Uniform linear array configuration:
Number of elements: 64
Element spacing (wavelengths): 0.75
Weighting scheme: exponential
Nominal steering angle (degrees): -15
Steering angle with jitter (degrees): -16.308
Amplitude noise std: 0.05
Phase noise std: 0.05

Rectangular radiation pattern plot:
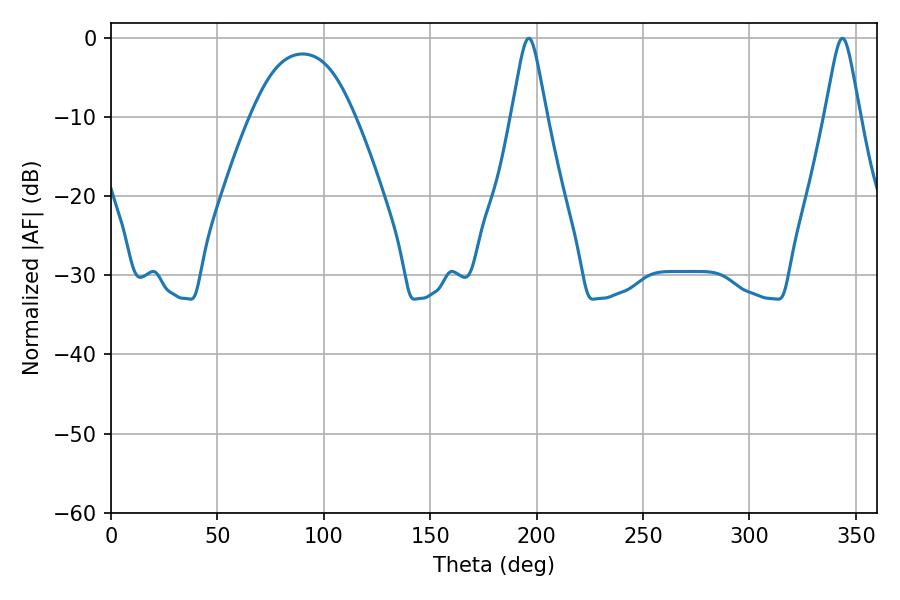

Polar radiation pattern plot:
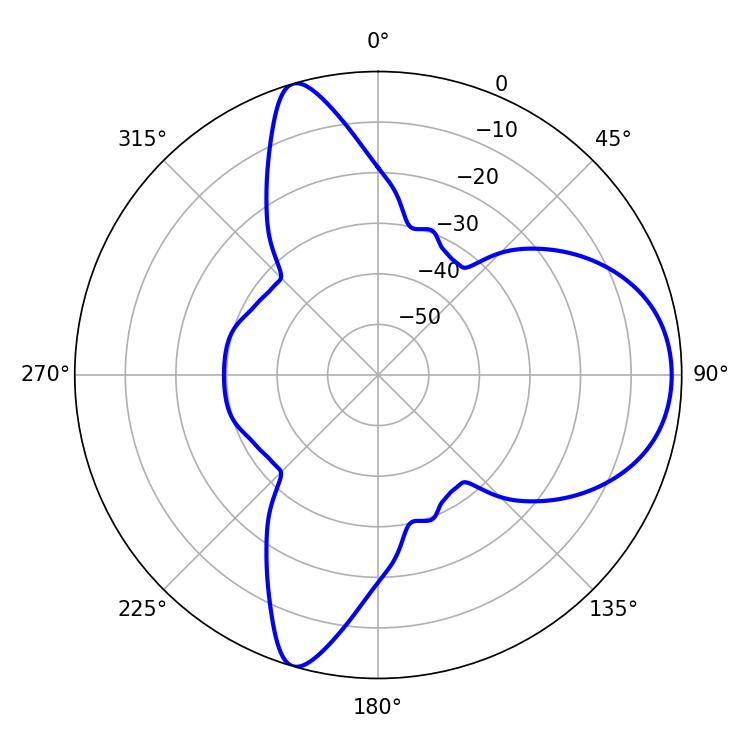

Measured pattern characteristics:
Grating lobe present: TRUE
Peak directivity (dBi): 8.75
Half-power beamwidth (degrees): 7.74
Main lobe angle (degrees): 196.38